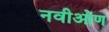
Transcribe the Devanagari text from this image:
नवीओण